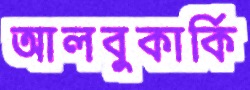
আলবুকার্কি